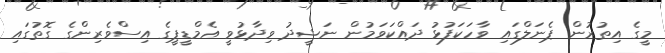
މީގެ އިތުރުން ޕެނަލްގައި ވާހަކަފުޅު ދައްކަވަމުން ނަޝީދު ވިދާޅުވީ އެމްޑީޕީގެ އިސްވެރިންގެ ގޮތުގައި